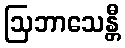
ဩဘာသေန္တီ